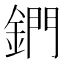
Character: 鍆